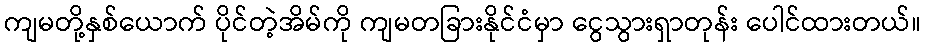
ကျမတို့နှစ်ယောက် ပိုင်တဲ့အိမ်ကို ကျမတခြားနိုင်ငံမှာ ငွေသွားရှာတုန်း ပေါင်ထားတယ်။